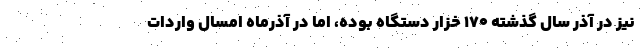
نیز در آذر سال گذشته ۱۷۰ خزار دستگاه بوده، اما در آذرماه امسال واردات